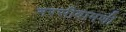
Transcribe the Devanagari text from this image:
नरसीबामणी